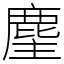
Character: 麈